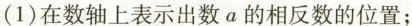
(1)在数轴上表示出数α的相反数的位置；